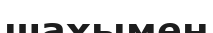
шахымен